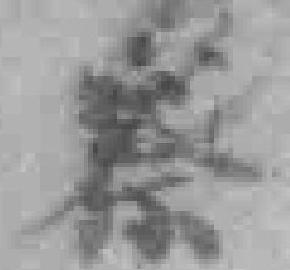
察